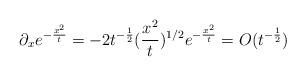
LaTeX: \begin{align*}\partial_x e^{-\frac{x^2}{t}}=-2t^{-\frac{1}{2}}(\frac{x^2}{t})^{1/2}e^{-\frac{x^2}{t}}=O(t^{-\frac{1}{2}})\end{align*}